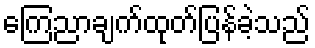
ကြေညာချက်ထုတ်ပြန်ခဲ့သည်